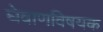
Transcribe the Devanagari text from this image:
घेवाणविषयक